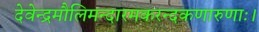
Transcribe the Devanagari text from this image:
देवेन्द्रमौलिमन्दारमकरन्दकणारुणाः।